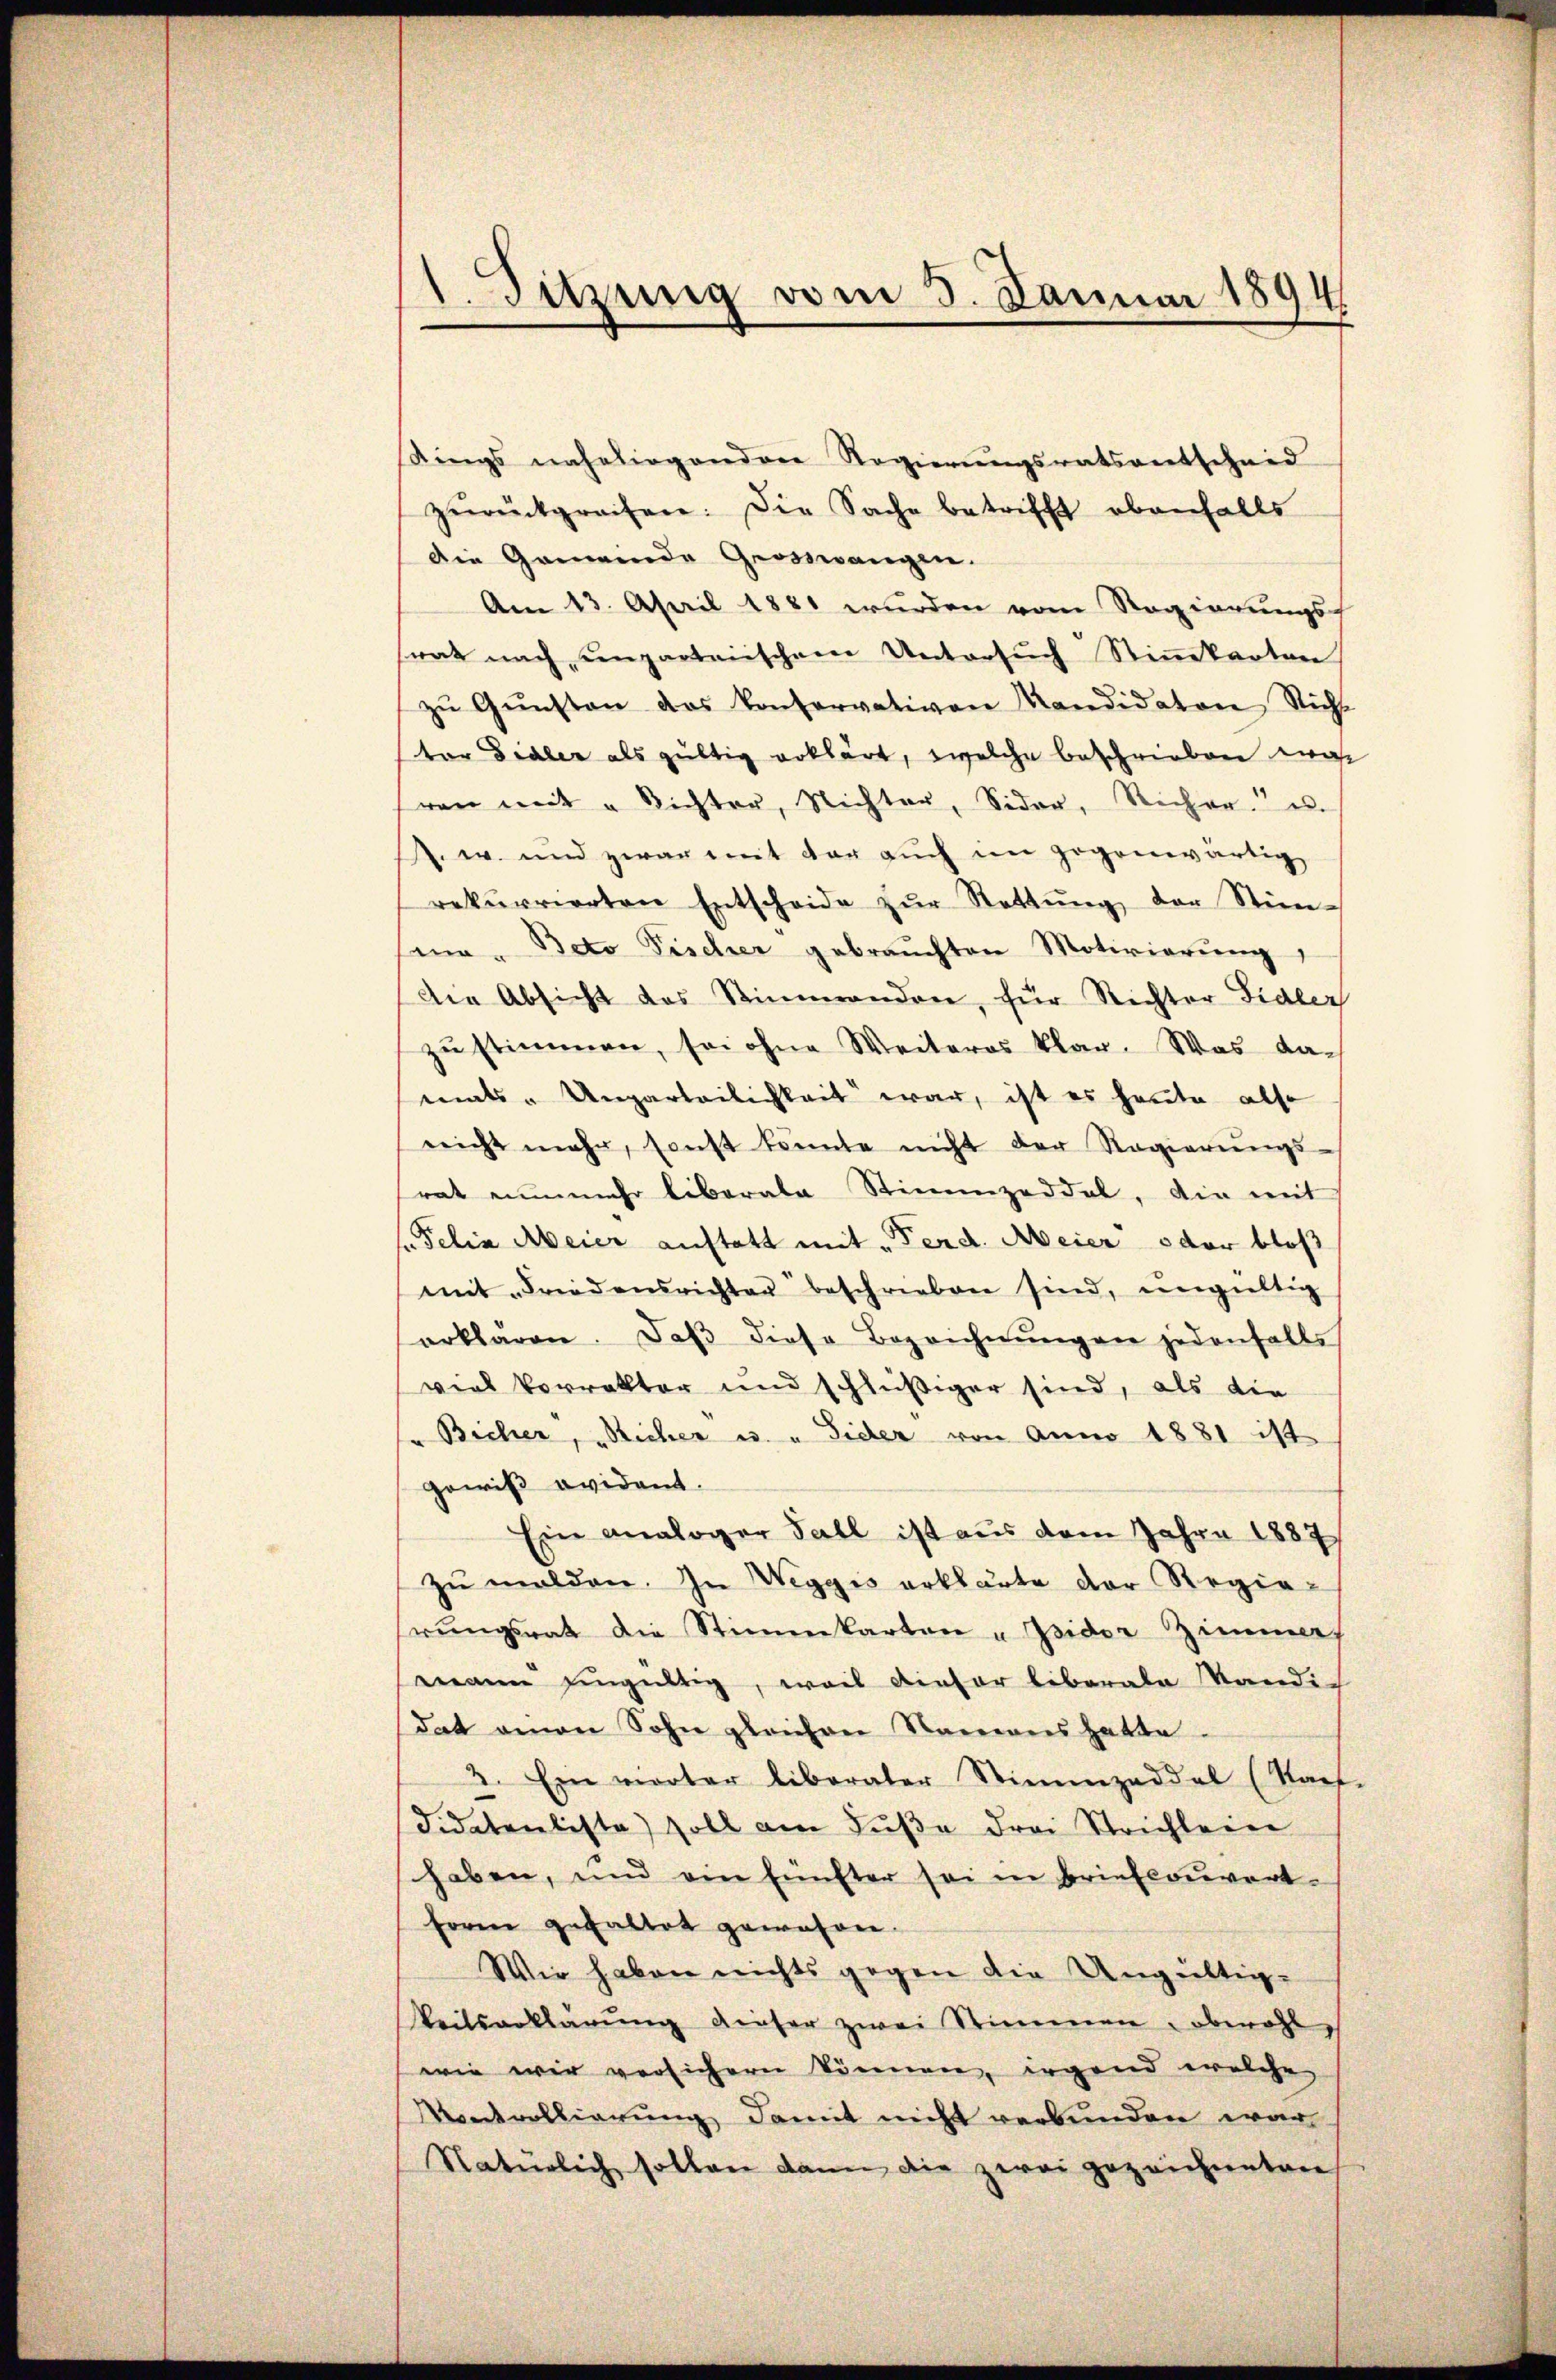
1. Sitzung vom 5. Januar 1894

Rings naheliogandere Regierŭngsratsantscheid
zŭrückgreifen. Die Sache betrifft ebenfalls
Die Gemeinde Grosswangen.
Am 13. April 1881 wurden vom Regierungs-
srat nach unparteiischem Untersŭch Stiṁkarten
zŭ Gŭnsten das Conservativen Kandidaten Nicht
tor Dialer als gültig erklärt, welche beschrieben war
ren mit u Richter, Nichter, Sider, Richer. es
s. w. und zwar mit der auch im gegenwärtig
rekurrierten Entscheide zŭr Rettŭng der Stim-
sena-Beto Tischer gebrauchten Motivierŭng
Die Absicht des Stimmenden, für Richter Fidler
zu stimmen, sei ohne Weiteres klar. Was da-
mats - Unparteilichkeit war, ist es heute also
nicht mehr, sonst könnte nicht der Regierŭngs-
rat nunmehr liberale Stimmzeddel, die mit
"Felix Meier auftatt mit „Ferd. Meier oder bloß
mit Friedensrichter beschrieben sind, ungültig
erklären. Daβ diese Bezeichnŭngen jedenfalls
viel Vorrakter und schlüßiger sind, als die
Bicher, „Richer u. „ Sider von Anno 1881 ist
gewiß ovident.
Ein analoger Fall ist aus dem Jahre 1887
zu melden. In Weggis erklärte der Regierŭngsrath die Stimmkarten u Isidor Zimmer,
mann eingültig, weil dieser liberale Kandis
dat amon Sohn gleichen Namens hatte.
2. Ein vierter liberater Stimmzeddel (Rauf-
Fidatenliste) soll am Fuße drei Strichlein
haben, und ein Einster sei in Briefcouvert
Form gehaltet gewahren.
Wir haben nichts gegen die Ungültig-
keitserklärŭng dieser zwei Stimmen obwohl
wie wir versichern können, irgend welche
Montrollierung damit nicht verbunden war
Natürlich sollen dann die zwei gezeichneten